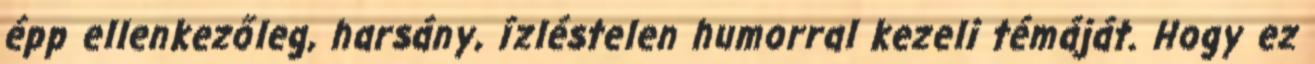
épp ellenkezőleg, harsány, ízléstelen humorral kezeli témáját. Hogy ez